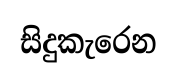
සිදුකැරෙන